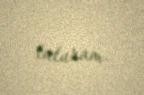
tuturam.